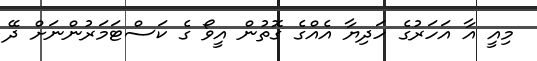
މިއީ އާ އަހަރުގެ ހަދިޔާ އެއްގެ ގޮތުން އީވޯ ގެ ކަސްޓަމަރުންނަށް ދޭ